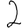
Digit: 2